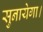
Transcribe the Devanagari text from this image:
सुनायेगा।